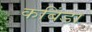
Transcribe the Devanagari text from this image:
कबिंडा